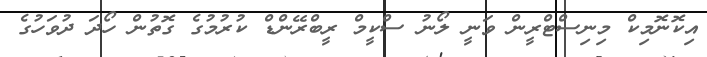
އިކޮނޮމިކް މިނިސްޓްރީން ވަނީ ލޯނު ސްކީމް ރީބްރޭންޑް ކުރުމުގެ ގޮތުން ހޯދަ ދުވަހުގެ